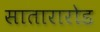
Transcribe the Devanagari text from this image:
सातारारोड